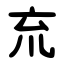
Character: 㐬